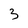
Character: 3